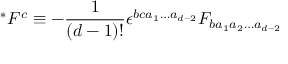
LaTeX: ~ ^ { * } F ^ { c } \equiv - \frac { 1 } { ( d - 1 ) ! } \epsilon ^ { b c a _ { 1 } \ldots a _ { d - 2 } } F _ { b a _ { 1 } a _ { 2 } \ldots a _ { d - 2 } } \nonumber